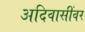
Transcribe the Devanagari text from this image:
अदिवासींवर